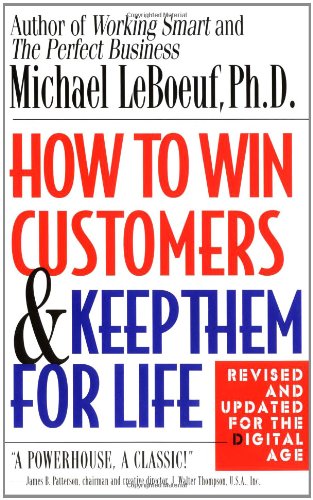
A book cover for How to Win Customers and Keep Them for Life, Revised Edition; Michael LeBoeuf; Business & Money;